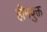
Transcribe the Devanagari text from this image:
हीमयुक्त